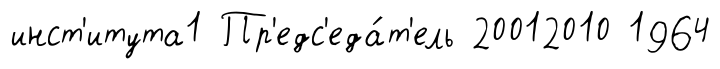
инст'итута1 Пр'едс'еда́т'ель 20012010 1964